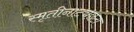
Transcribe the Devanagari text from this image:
स्मृतीनाट्यछटा